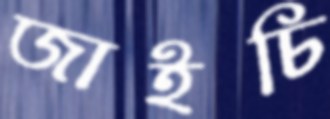
জাইচি